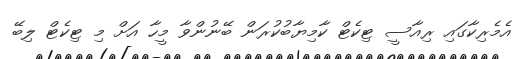
އެމެރިކާގައި ރިއާސީ ޓިކެޓް ކާމިޔާބުކުރަން ބޭނުންވާ މީހާ އަށް މި ޓިކެޓް ލިބޭ